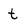
Character: t